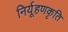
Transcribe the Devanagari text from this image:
निर्यूहणकृति